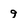
Character: 9